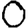
Digit: 0